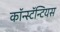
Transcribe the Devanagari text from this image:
कॉन्स्टॅन्टियस